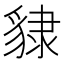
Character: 𧳙